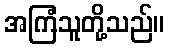
အကြံသူတို့သည်။